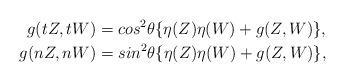
LaTeX: \begin{align*} g(tZ,tW)&=cos^{2}\theta\{\eta(Z)\eta(W)+g(Z,W)\}, \\ g(nZ,nW)&=sin^{2}\theta\{\eta(Z)\eta(W)+g(Z,W)\}, \end{align*}